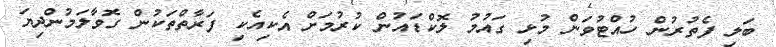
ބަލި ފެތުރުން ހުއްޓުވަން މުޅި ގައުމު ލޮކްޑައުން ކުރުމަށް އެކިއެކި ފަރާތްތަކުން ގޮވާލަމުންދިޔަ